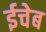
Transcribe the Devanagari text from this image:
ईचेब